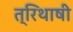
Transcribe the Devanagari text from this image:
त्रिथाषी